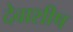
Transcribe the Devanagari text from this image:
देवाशीष